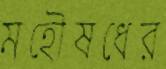
মহৌষধের